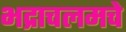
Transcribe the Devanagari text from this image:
भद्राचलमचे